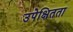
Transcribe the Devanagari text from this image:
उपेक्षितता